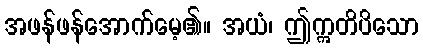
အဖန်ဖန်အောက်မေ့၏။ အယံ၊ ဤဣတိပိသော